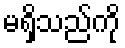
မရှိသည်ကို